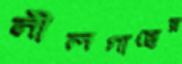
নীলগাছের